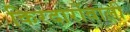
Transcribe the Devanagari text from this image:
किरदारोंवाली